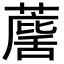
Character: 𮑷